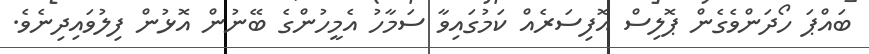
ބައްޕަ ހޯދަންވެގެން ޕޮލިސް އޮފިސަރެއް ކަމުގައިވާ ސަމާހު އެމީހުންގެ ބޭނުން އޮޅުން ފިލުވައިދިނެވެ.